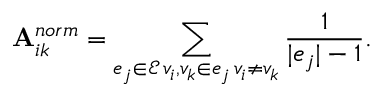
\mathbf { A } _ { i k } ^ { n o r m } = \sum _ { \substack { e _ { j } \in \mathcal { E } \, v _ { i } , v _ { k } \in e _ { j } \, v _ { i } \neq v _ { k } } } \frac { 1 } { | e _ { j } | - 1 } .